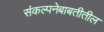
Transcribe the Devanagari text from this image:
संकल्पनेबाबतीतील